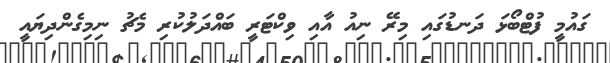
ގައުމީ ފުޓްބޯޅަ ދަނޑުގައި މިރޭ ނިއު އާއި ވިކްޓަރީ ބައްދަލުކުރި މެޗު ނިމިގެންދިޔައީ